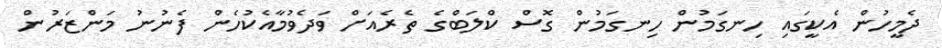
ދެމީހުން އެކީގައި ހިނގަމުން ހިނގަމުން ގޮސް ކްލަބްގެ ތެރެއަށް ވަދެވުމާއެކުހެން ފެނުނު މަންޒަރުން